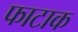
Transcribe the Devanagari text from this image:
फाटाक